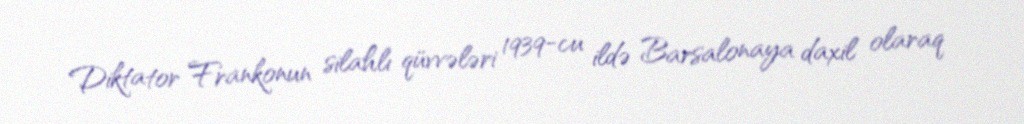
Diktator Frankonun silahlı qüvvələri 1939-cu ildə Barsalonaya daxil olaraq